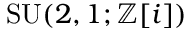
\operatorname { S U } ( 2 , 1 ; \mathbb { Z } [ i ] )